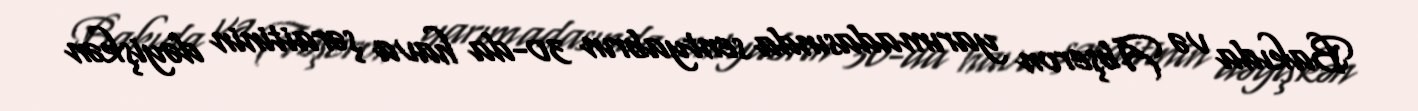
Bakıda və Abşeron yarımadasında sentyabrın 30-da hava şəraitinin dəyişkən